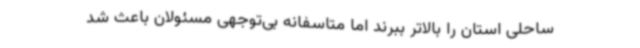
ساحلی استان را بالاتر ببرند اما متاسفانه بی‌توجهی مسئولان باعث شد